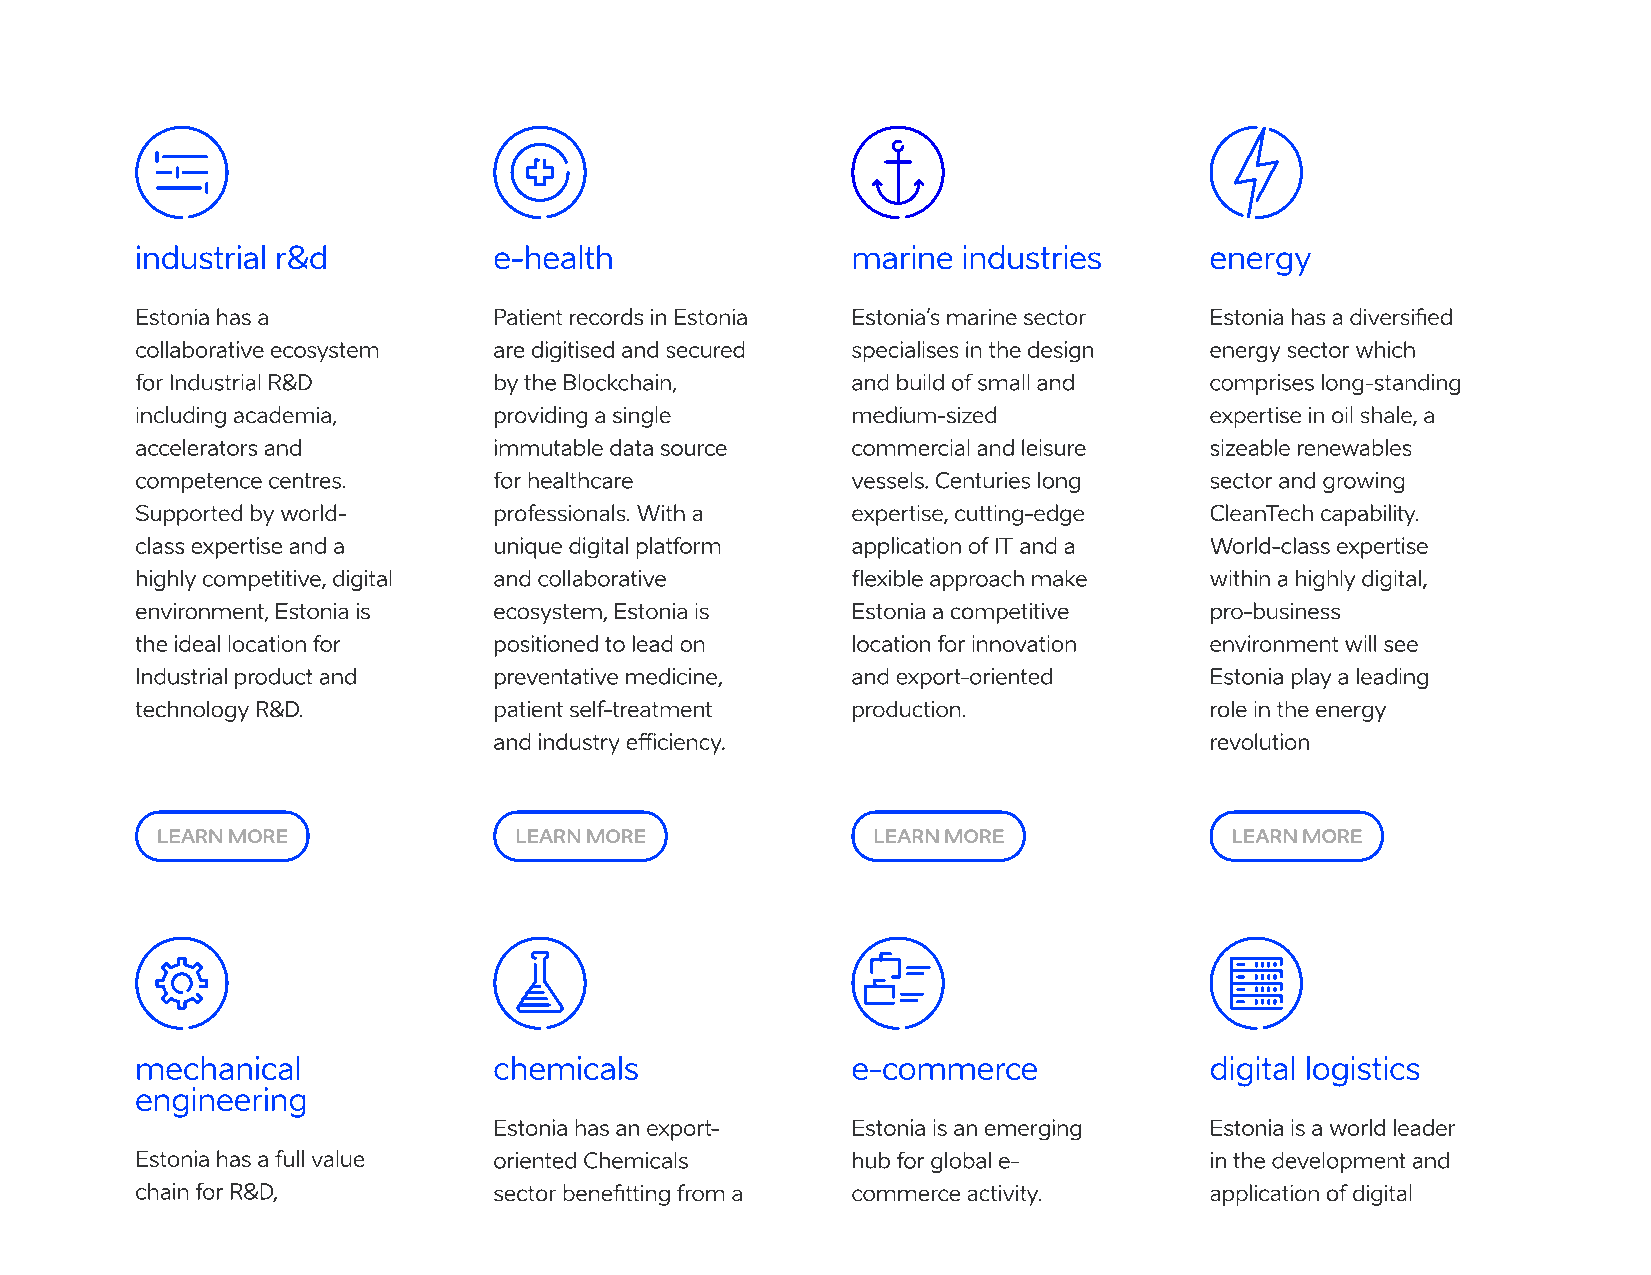
industrial r&d          e-health               marine  industries      energy
 Estonia has a           Patient records in Estonia Estonia’s marine sector Estonia has a diversified
 collaborative ecosystem are digitised and secured specialises in the design energy sector which
 for Industrial R&D      by the Blockchain,     and build of small and  comprises long-standing
 including academia,     providing a single     medium-sized            expertise in oil shale, a
 accelerators and        immutable data source  commercial and leisure  sizeable renewables
 competence centres.     for healthcare         vessels. Centuries long sector and growing
 Supported by world-     professionals. With a  expertise, cutting-edge CleanTech capability.
 class expertise and a   unique digital platform application of IT and a World-class expertise
 highly competitive, digital and collaborative  flexible approach make  within a highly digital,
 environment, Estonia is ecosystem, Estonia is  Estonia a competitive   pro-business
 the ideal location for  positioned to lead on  location for innovation environment will see
 Industrial product and  preventative medicine, and export-oriented     Estonia play a leading
 technology R&D.         patient self-treatment production.             role in the energy
 and industry efficiency.                       revolution
 LEARN MORE              LEARN MORE              LEARN MORE             LEARN MORE
 mechanical              chemicals              e-commerce              digital logistics
 engineering
 Estonia has an export- Estonia is an emerging  Estonia is a world leader
 Estonia has a full value oriented Chemicals    hub for global e-       in the development and
 chain for R&D,          sector benefitting from a commerce activity.   application of digital